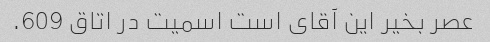
عصر بخیر این آقای است اسمیت در اتاق 609.